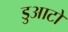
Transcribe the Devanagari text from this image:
डुआटो